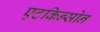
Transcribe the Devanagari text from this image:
एटकिन्सोन